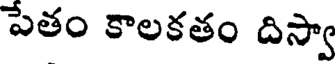
పేతం కాలకతం దిస్వా